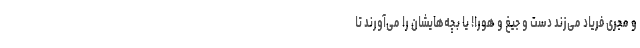
و مجری فریاد می‌زند دست و جیغ و هورا! یا بچه‌هایشان را می‌آورند تا